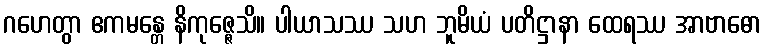
ဂဟေတွာ ဧကမန္တေ နိကုဇ္ဇေသိ။ ပါယာသဿ သဟ ဘူမိယံ ပတိဋ္ဌာနာ ထေရဿ အာဗာဓော